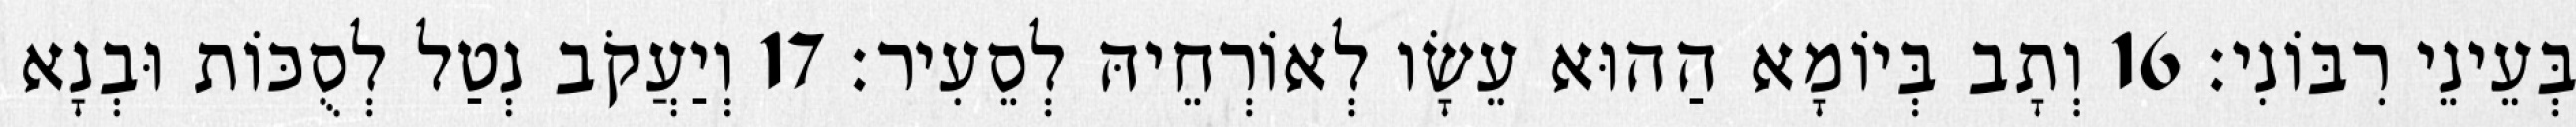
בְּעֵינֵי רִבּוֹנִי׃ 16 וְתָב בְּיוֹמָא הַהוּא עֵשָׂו לְאוֹרְחֵיהּ לְסֵעִיר׃ 17 וְיַעֲקֹב נְטַל לְסֻכּוֹת וּבְנָא